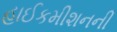
હાઈકમીશનની